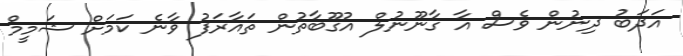
އަދަބު ދިނުން ވެސް އާ ގާނޫނުލް އުގޫބާތުން ތައާރަފު ވާނެ ކަމަށް ޝަމީމް